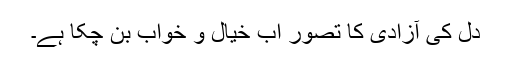
دل کی آزادی کا تصور اب خیال و خواب بن چکا ہے۔